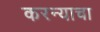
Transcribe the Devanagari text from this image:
करन्याचा